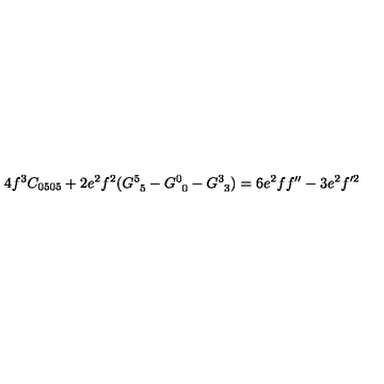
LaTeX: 4 f ^ { 3 } C _ { 0 5 0 5 } + 2 e ^ { 2 } f ^ { 2 } ( G _ { \phantom { 5 } 5 } ^ { 5 } - G _ { \phantom { 0 } 0 } ^ { 0 } - G _ { \phantom { 3 } 3 } ^ { 3 } ) = 6 e ^ { 2 } f f ^ { \prime \prime } - 3 e ^ { 2 } f ^ { \prime 2 }